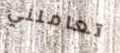
تعاملني